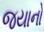
જયાનો